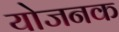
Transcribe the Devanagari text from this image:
योजनक